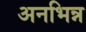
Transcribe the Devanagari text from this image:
अनभिन्न